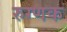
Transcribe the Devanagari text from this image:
रुग्णक